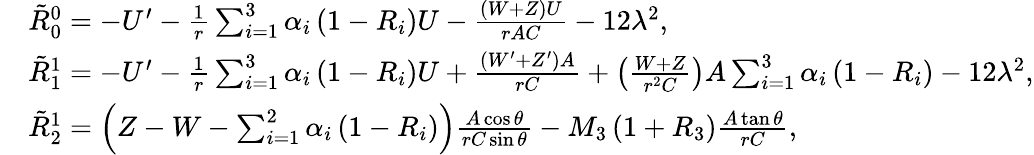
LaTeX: \begin{array}{rl}&{\tilde{R}_{0}^{0}=-U^{\prime}-\frac{1}{r}\sum_{i=1}^{3}\alpha_{i}\left(1-R_{i}\right)U-\frac{(W+Z)U}{rAC}-12\lambda^{2},}\\ &{\tilde{R}_{1}^{1}=-U^{\prime}-\frac{1}{r}\sum_{i=1}^{3}\alpha_{i}\left(1-R_{i}\right)U+\frac{\left(W^{\prime}+Z^{\prime}\right)A}{rC}+\left(\frac{W+Z}{r^{2}C}\right)A\sum_{i=1}^{3}\alpha_{i}\left(1-R_{i}\right)-12\lambda^{2},}\\ &{\tilde{R}_{2}^{1}=\left(Z-W-\sum_{i=1}^{2}\alpha_{i}\left(1-R_{i}\right)\right)\frac{A\cos\theta}{rC\sin\theta}-M_{3}\left(1+R_{3}\right)\frac{A\tan\theta}{rC},}\end{array}